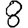
Digit: 8